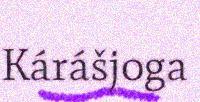
Kárášjoga